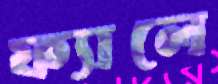
ফ্যালে